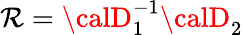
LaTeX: {\cal\mathcal{R}}={\calD}_{1}^{-1}{\calD}_{2}